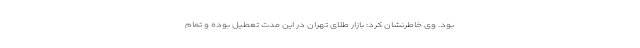
بود. وی خاطرنشان کرد: بازار طلای تهران در این مدت تعطیل بوده و تمام